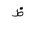
Letter: _za